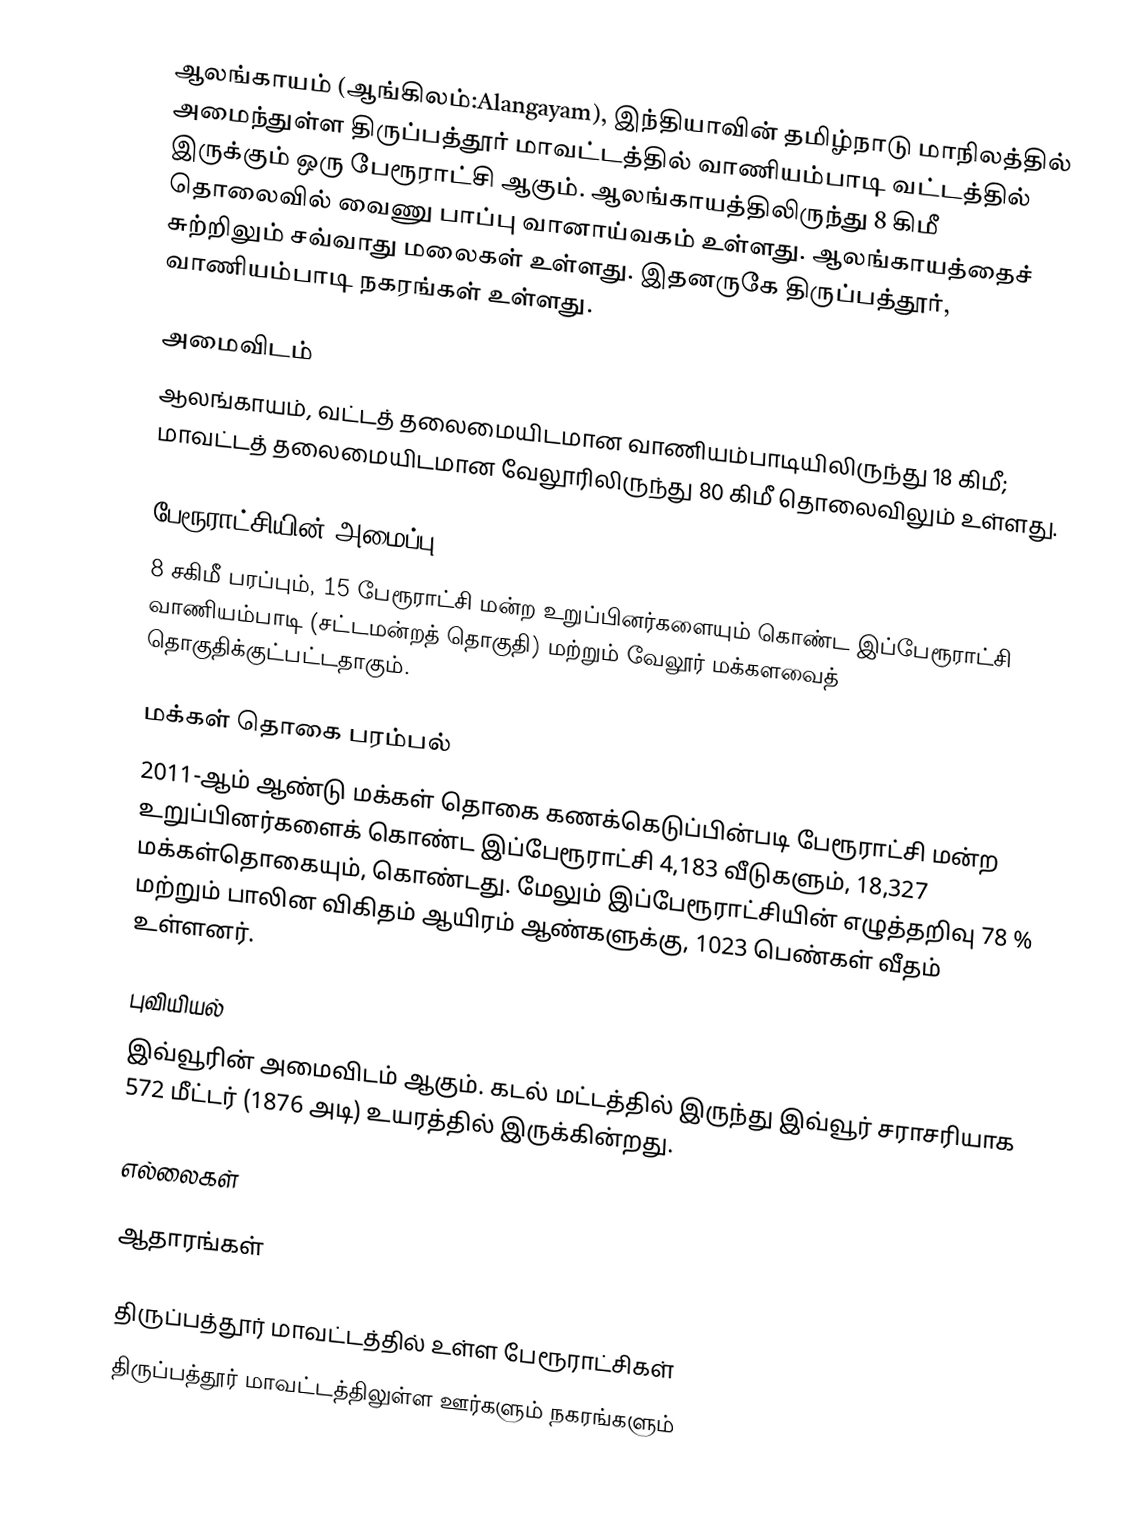
ஆலங்காயம் (ஆங்கிலம்:Alangayam), இந்தியாவின் தமிழ்நாடு மாநிலத்தில் அமைந்துள்ள திருப்பத்தூர் மாவட்டத்தில் வாணியம்பாடி வட்டத்தில்  இருக்கும் ஒரு பேரூராட்சி ஆகும். ஆலங்காயத்திலிருந்து 8 கிமீ தொலைவில் வைணு பாப்பு வானாய்வகம் உள்ளது. ஆலங்காயத்தைச் சுற்றிலும் சவ்வாது மலைகள் உள்ளது. இதனருகே திருப்பத்தூர், வாணியம்பாடி நகரங்கள் உள்ளது.

அமைவிடம்
ஆலங்காயம், வட்டத் தலைமையிடமான வாணியம்பாடியிலிருந்து 18 கிமீ; மாவட்டத் தலைமையிடமான வேலூரிலிருந்து 80 கிமீ தொலைவிலும் உள்ளது.

பேரூராட்சியின் அமைப்பு
8 சகிமீ பரப்பும், 15  பேரூராட்சி மன்ற உறுப்பினர்களையும்  கொண்ட இப்பேரூராட்சி வாணியம்பாடி (சட்டமன்றத் தொகுதி) மற்றும் வேலூர் மக்களவைத் தொகுதிக்குட்பட்டதாகும்.

மக்கள் தொகை பரம்பல்
2011-ஆம் ஆண்டு மக்கள் தொகை கணக்கெடுப்பின்படி   பேரூராட்சி மன்ற உறுப்பினர்களைக் கொண்ட இப்பேரூராட்சி 4,183 வீடுகளும்,  18,327 மக்கள்தொகையும், கொண்டது. மேலும் இப்பேரூராட்சியின் எழுத்தறிவு  78 %  மற்றும்  பாலின விகிதம்   ஆயிரம் ஆண்களுக்கு,  1023  பெண்கள் வீதம் உள்ளனர்.

புவியியல்
இவ்வூரின் அமைவிடம்  ஆகும். கடல் மட்டத்தில் இருந்து இவ்வூர் சராசரியாக 572 மீட்டர் (1876 அடி) உயரத்தில் இருக்கின்றது.

எல்லைகள்

ஆதாரங்கள்

திருப்பத்தூர் மாவட்டத்தில் உள்ள பேரூராட்சிகள்
திருப்பத்தூர் மாவட்டத்திலுள்ள ஊர்களும் நகரங்களும்